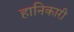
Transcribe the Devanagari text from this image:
हानिकारी